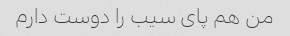
من هم پای سیب را دوست دارم